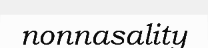
nonnasality